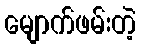
မျောက်ဖမ်းတဲ့